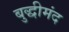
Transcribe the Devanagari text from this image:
बुद्धीमंद